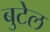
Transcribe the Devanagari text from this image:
बुटेल